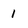
Character: 1